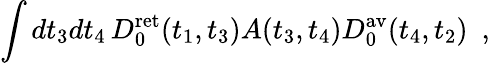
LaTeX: \int dt_{3}dt_{4}\, D_{0}^{\mathrm{ret}}(t_{1},t_{3})A(t_{3},t_{4})D_{0}^{\mathrm{av}}(t_{4},t_{2})\, \, \, ,